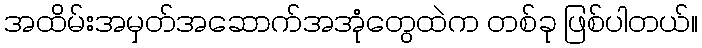
အထိမ်းအမှတ်အဆောက်အအုံတွေထဲက တစ်ခု ဖြစ်ပါတယ်။